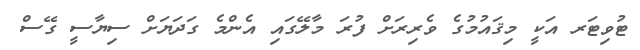
ޓުވިޓަރ އަކީ މިޤައުމުގެ ވެރިރަށް ފުރަ މާލޭގައި އެންމެ ގަދަޔަށް ސިޔާސީ ގޭސް